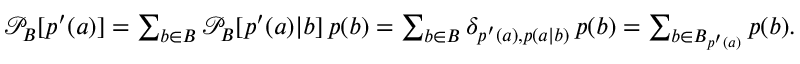
\begin{array} { r } { \mathcal { P } _ { B } [ p ^ { \prime } ( a ) ] = \sum _ { b \in B } \mathcal { P } _ { B } [ p ^ { \prime } ( a ) | b ] \, p ( b ) = \sum _ { b \in B } \delta _ { p ^ { \prime } ( a ) , p ( a | b ) } \, p ( b ) = \sum _ { b \in B _ { p ^ { \prime } ( a ) } } p ( b ) . } \end{array}